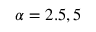
\alpha = 2 . 5 , 5